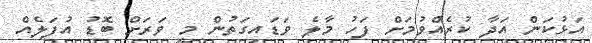
އަޅުކަން އަދާ ކުރެއްވުމަށް ފަހު މާލެ ވަޑައިގަތުން މީ ވަރަށް ބޮޑު އުފަލެއް